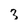
Character: 3